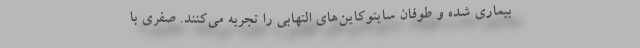
بیماری شده و طوفان سایتوکاین‌های التهابی را تجربه می‌کنند. صفری با